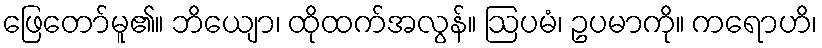
ဖြေတော်မူ၏။ ဘိယျော၊ ထိုထက်အလွန်။ ဩပမံ၊ ဥပမာကို။ ကရောဟိ၊